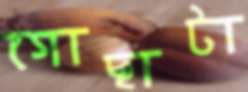
গোছাটা